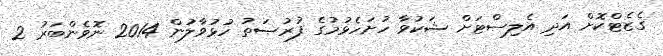
ގެޒެޓްކޮށް އަދި އެލިސްޓަށް ޝަކުވާ ހުށަހެޅުމުގެ ފުރުޞަތު ހުޅުވާލުން 2014 ނޮވެންބަރު 2